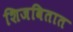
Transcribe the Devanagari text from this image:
शिजवितात